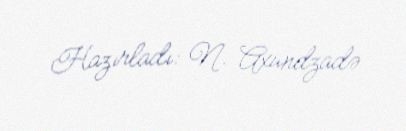
Hazırladı: N. Axundzadə